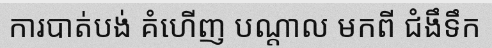
ការបាត់បង់ គំហើញ បណ្តាល មកពី ជំងឹទឹក